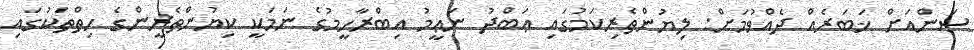
ސަންއަށް ޚަބަރެއް ދެއްވުމަށް: ލިޔުންތެރިކަމުގައި ޢަބްދު ނަޢީމު އިބްރާހީމުގެ ނަމަކީ ކިޔުންތެރީންގެ ހިތްތަކުގައި